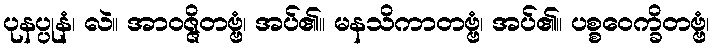
ပုနပ္ပုနံ၊ လဲ။ အာဝဇ္ဇိတဗ္ဗံ၊ အပ်၏။ မနသိကာတဗ္ဗံ၊ အပ်၏။ ပစ္စဝေက္ခိတဗ္ဗံ၊